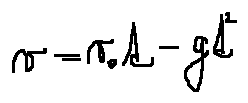
v = v _ { 0 } t - g t ^ { 2 }